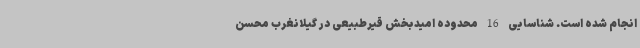
انجام شده است. شناسایی 16 محدوده امیدبخش قیرطبیعی در گیلانغرب محسن